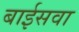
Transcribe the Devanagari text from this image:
बाईसवा